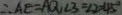
\therefore A E = A Q , \angle 3 = \angle 2 = 4 5 ^ { \circ }